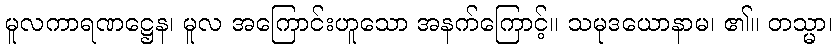
မူလကာရဏဋ္ဌေန၊ မူလ အကြောင်းဟူသော အနက်ကြောင့်။ သမုဒယောနာမ၊ ၏။ တသ္မာ၊